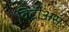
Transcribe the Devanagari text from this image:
विट्रीअस